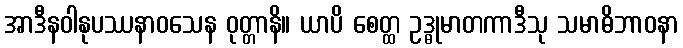
အာဒီနဝါနုပဿနာဝသေန ဝုတ္တာနိ။ ယာပိ စေတ္ထ ဥဒ္ဓုမာတကာဒီသု သမာဓိဘာဝနာ